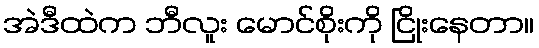
အဲဒီထဲက ဘီလူး မောင်စိုးကို ငြိုးနေတာ။